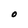
Character: O